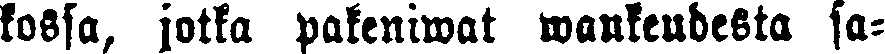
kossa, jotka pakeniwat wankeudesta sa-